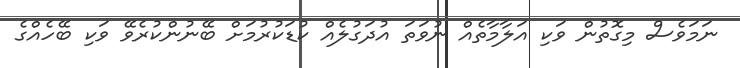
ނަމަވެސް މިގޮތުން ވަކި އަލާމާތެއް ނުވަތަ އުދަގުލެއް ކުޑަކުރުމަށް ބޭނުންކުރެވޭ ވަކި ބޭހެއްގެ